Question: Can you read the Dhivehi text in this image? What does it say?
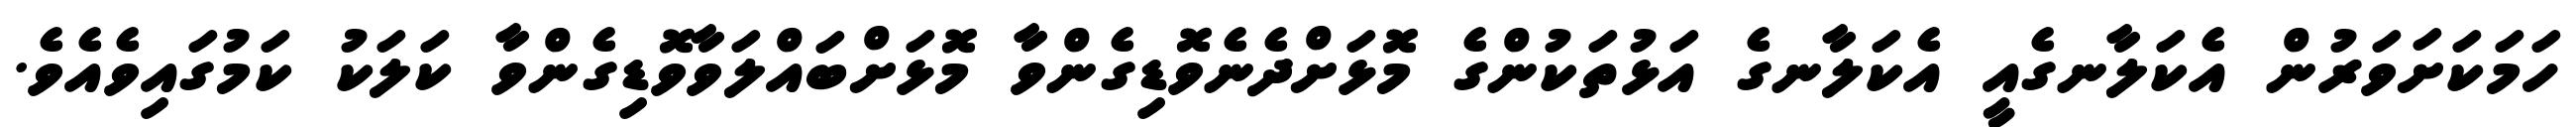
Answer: ހަމަކަށަވަރުން އެކަލާނގެއީ އެކަލާނގެ އަޅުތަކުންގެ މޮޅަށްދެނެވޮޑިގެންވާ މޮޅަށްބައްލަވާވޮޑިގެންވާ ކަލަކު ކަމުގައިވެއެވެ.